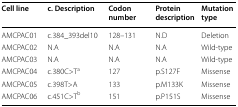
<table><thead><tr><td><b>Cell line</b></td><td><b>c. Description</b></td><td><b>Codon number</b></td><td><b>Protein description</b></td><td><b>Mutation type</b></td></tr></thead><tbody><tr><td>AMCPAC01</td><td>c.384_393del10</td><td>128–131</td><td>N.D</td><td>Deletion</td></tr><tr><td>AMCPAC02</td><td>N.A</td><td>N.A</td><td>N.A</td><td>Wild-type</td></tr><tr><td>AMCPAC03</td><td>N.A</td><td>N.A</td><td>N.A</td><td>Wild-type</td></tr><tr><td>AMCPAC04</td><td>c.380C&gt;T<sup>a</sup></td><td>127</td><td>p.S127F</td><td>Missense</td></tr><tr><td>AMCPAC05</td><td>c.398T&gt;A</td><td>133</td><td>p.M133K</td><td>Missense</td></tr><tr><td>AMCPAC06</td><td>c.451C&gt;T<sup>b</sup></td><td>151</td><td>p.P151S</td><td>Missense</td></tr></tbody></table>